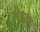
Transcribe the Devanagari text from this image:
लेइडा